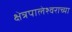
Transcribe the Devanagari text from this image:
क्षेत्रपालेश्वराच्या